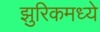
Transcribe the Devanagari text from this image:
झुरिकमध्ये